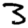
Digit: 3